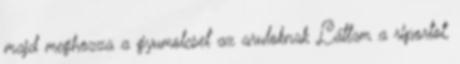
majd meghozza a gyumolcset az aruloknak Láttam a riportot,